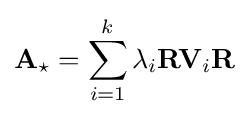
\mathbf {A} _{\star }=\sum _{i=1}^{k}\lambda _{i}\mathbf {R} \mathbf {V} _{i}\mathbf {R}